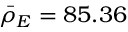
\bar { \rho } _ { E } = 8 5 . 3 6 \